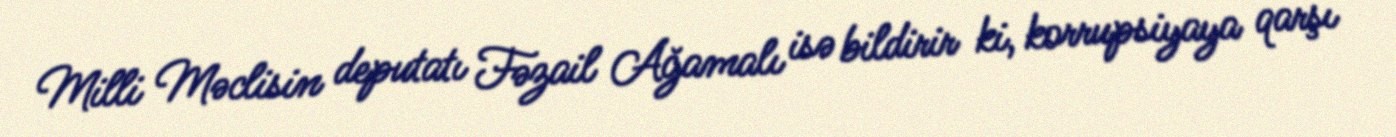
Milli Məclisin deputatı Fəzail Ağamalı isə bildirir ki, korrupsiyaya qarşı